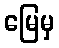
မြေမှ